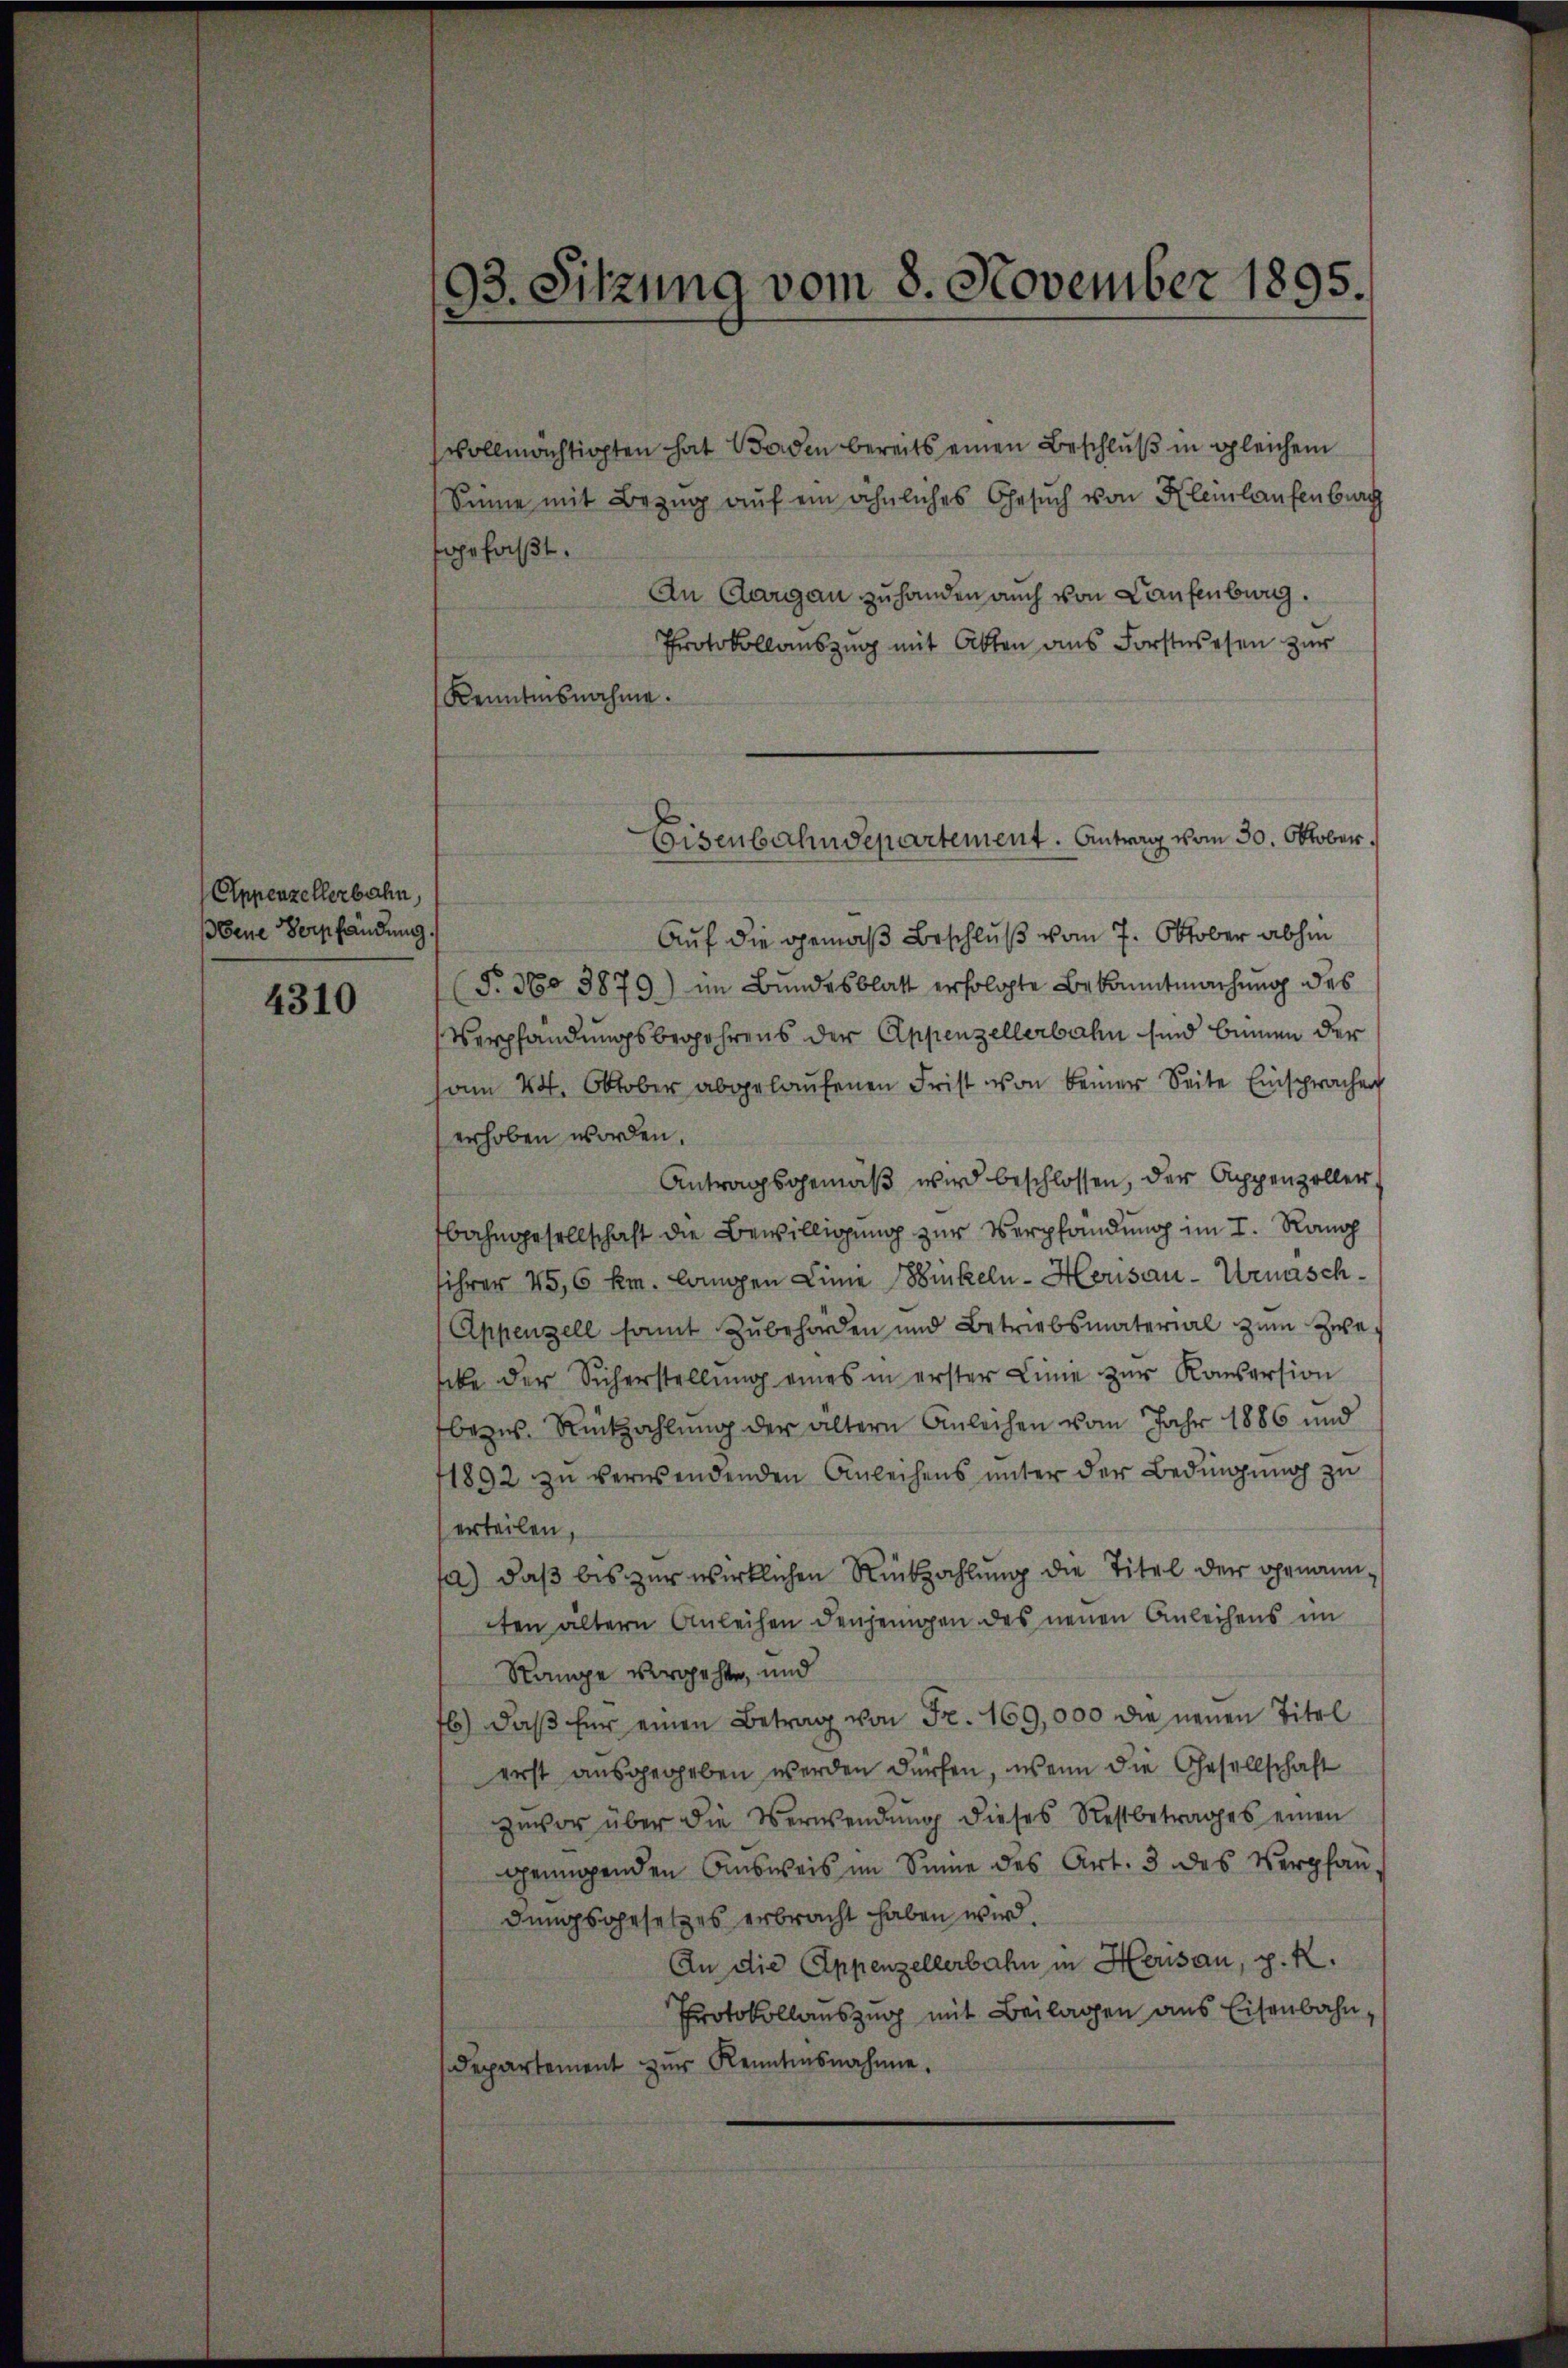
Appenzellerbahn,
bene Verpfändung.

4310

vollmächtigten hat Baden bereits einen Beschluß in gleichem
Sinne mit Bezug auf ein ähnliches Gesuch von Kleinlaufenburg
fgefaßt.

93. Sitzung vom 8. November 1895.

An Aargau zuhanden auch von Laufenburg.
Protokollauszug mit Akten ans Forstwesen zur
Kenntnisnahme.
Auf die gemäß Beschluß vom 7. Oktober abhin
(§. 360 3879) im Bundesblatt erfolgte Bekanntmachung des
Verpfändungsbegehrens der Appenzellerbahn sind binnen der
ham 24. Oktober abgelaŭfenen Frist von keiner Seite Einsprachen
erhoben worden.
Antragsgemäß wird beschlossen, der Appenzeller,
bahngesellschaft die Bewilligung zur Verpfändung im I. Rang
sihrer 45,6 km. langen Linie Winkeln-Herisau-Urnasch¬
Appenzell samt zŭbehörden und Betriebsmaterial zŭm Zwe
scbe der Sicherstellung eines in erster Linie zur Konsersion
bezw. Rückzahlung der ältern Anleihen vom Jahr 1886 und
1892 zu verwendenden Anleihens unter der Bedingung zu
erteilen,
a) daß bis zur wirklichen Rückzahlung die Titel der genannten ältern Anleihen denjenigen des neuen Anleihens im
Range vergehte, und
b) daß für einen Betrag von Fr. 169,000 die neuen Titel
erst ausgegeben werden dürfen, wenn die Gesellschaft
zuvor über die Verwendŭng dieses Restbetrages einen
genügenden Aŭsweis im Sinne des Art. 3 des Verpfan-
dungsgesetzes erbracht haben wird.
An die Appenzellerbahn in Herisau, p. K.
Protokollauszug mit Beilagen aus Eisenbahn,
departement zŭr Kenntnisnahme.

Eisenbahndepartement. Antrag vom 30. Oktober.